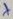
Text: +